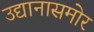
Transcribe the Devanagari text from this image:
उद्यानासमोर